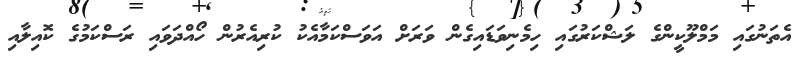
އެތަނުގައި މަމްލޫކީންގެ ލަޝްކަރުގައި ހިމެނިވަޑައިގެން ވަރަށް އަވަސްކަމާއެކު ކުރިއެރުން ހޯއްދަވައި ރަސްކަމުގެ ކޮއިލާއި